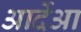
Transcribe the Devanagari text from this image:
आर्देआ